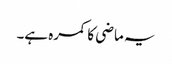
یہ ماضی کا کمرہ ہے۔